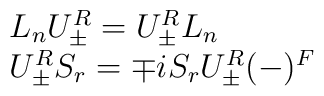
\begin{array}{l}L_nU_{\pm }^R=U_{\pm }^RL_n \\ U_{\pm }^RS_r=\mp iS_rU_{\pm }^R(-)^F\end{array}